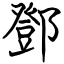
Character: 鄧